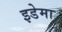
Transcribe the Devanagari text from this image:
इडेमा